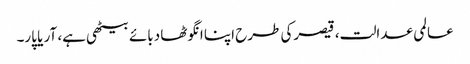
عالمی عدالت، قیصرکی طرح اپنا انگوٹھا دبائے بیٹھی ہے، آر یا پار۔